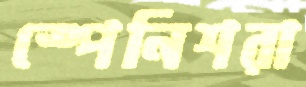
স্পেনিশরা